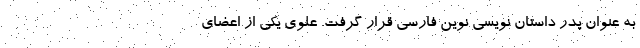
به عنوان پدر داستان نویسی نوین فارسی قرار گرفت. علوی یکی از اعضای